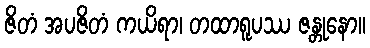
ဇိတံ အပဇိတံ ကယိရာ၊ တထာရူပဿ ဇန္တုနော။